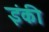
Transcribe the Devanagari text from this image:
इंकी